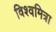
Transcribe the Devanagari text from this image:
विश्वमित्रा